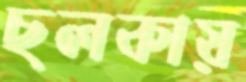
ছলকায়